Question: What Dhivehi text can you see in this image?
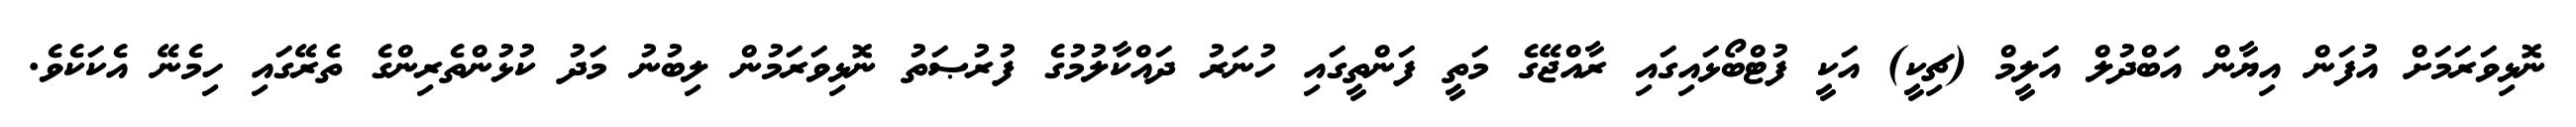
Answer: ނޮޅިވަރަމަށް އުފަން އިޔާން އަބްދުލް އަލީމް (ޗިކީ) އަކީ ފުޓްބޯޅައިގައި ރާއްޖޭގެ މަތީ ފަންތީގައި ހުނަރު ދައްކާލުމުގެ ފުރުޞަތު ނޮޅިވަރަމުން ލިބުނު މަދު ކުޅުންތެރިންގެ ތެރޭގައި ހިމެނޭ އެކަކެވެ.